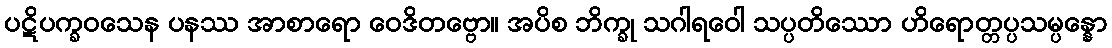
ပဋိပက္ခဝသေန ပနဿ အာစာရော ဝေဒိတဗ္ဗော။ အပိစ ဘိက္ခု သဂါရဝေါ သပ္ပတိဿော ဟိရောတ္တပ္ပသမ္ပန္နော